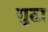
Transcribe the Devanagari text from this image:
गुटा